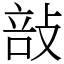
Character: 㪗